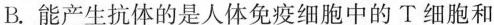
B.能产生抗体的是人体免疫细胞中的T细胞和